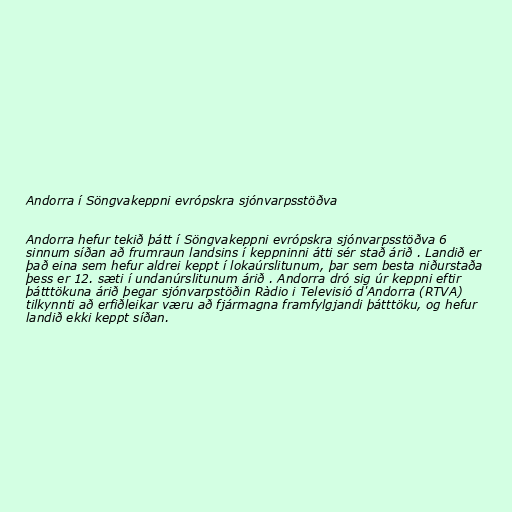
Andorra í Söngvakeppni evrópskra sjónvarpsstöðva

Andorra hefur tekið þátt í Söngvakeppni evrópskra sjónvarpsstöðva 6
sinnum síðan að frumraun landsins í keppninni átti sér stað árið . Landið er
það eina sem hefur aldrei keppt í lokaúrslitunum, þar sem besta niðurstaða
þess er 12. sæti í undanúrslitunum árið . Andorra dró sig úr keppni eftir
þátttökuna árið þegar sjónvarpstöðin Ràdio i Televisió d'Andorra (RTVA)
tilkynnti að erfiðleikar væru að fjármagna framfylgjandi þátttöku, og hefur
landið ekki keppt síðan.